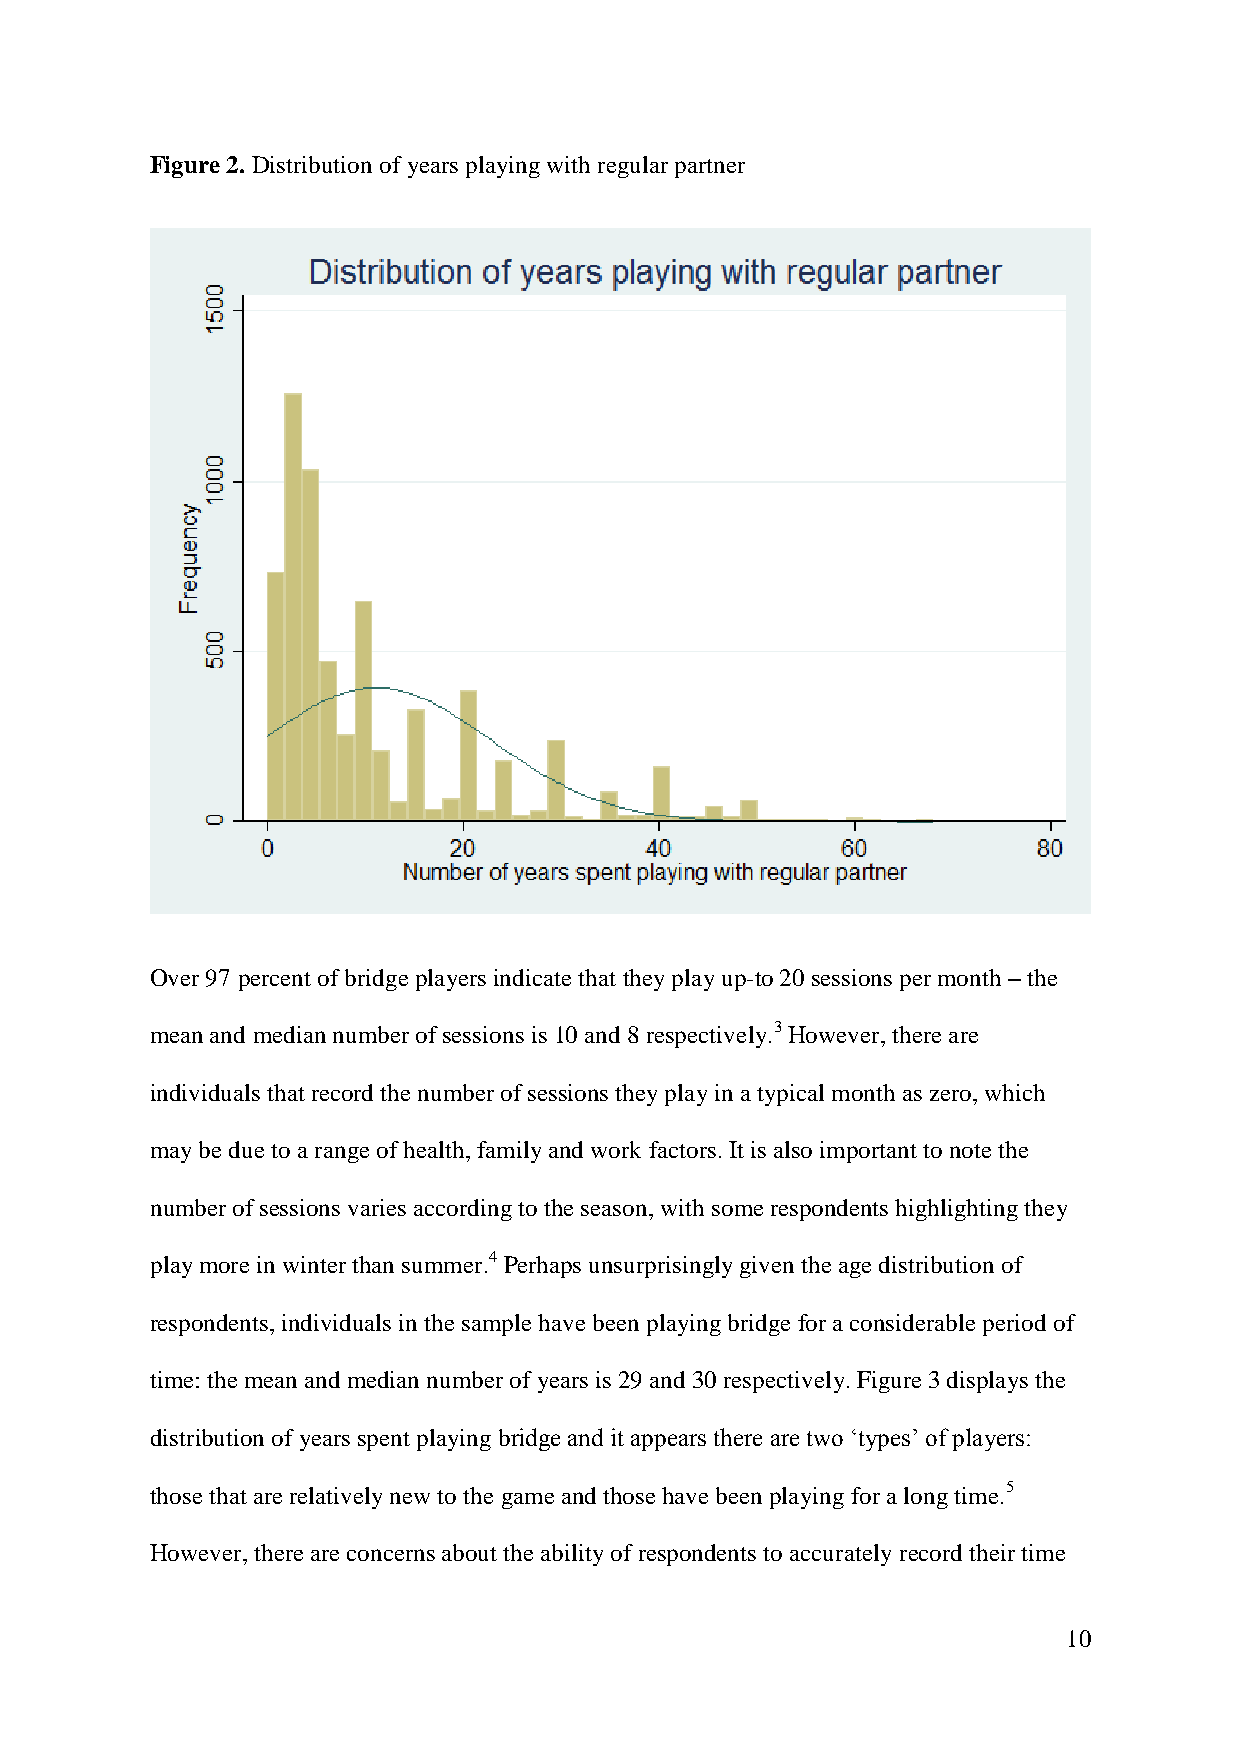
Figure 2. Distribution of years playing with regular partner
 Over 97 percent of bridge players indicate that they play up-to 20 sessions per month – the
 mean and median number of sessions is 10 and 8 respectively.3 However, there are
 individuals that record the number of sessions they play in a typical month as zero, which
 may be due to a range of health, family and work factors. It is also important to note the
 number of sessions varies according to the season, with some respondents highlighting they
 play more in winter than summer.4 Perhaps unsurprisingly given the age distribution of
 respondents, individuals in the sample have been playing bridge for a considerable period of
 time: the mean and median number of years is 29 and 30 respectively. Figure 3 displays the
 distribution of years spent playing bridge and it appears there are two ‘types’ of players:
 those that are relatively new to the game and those have been playing for a long time.5
 However, there are concerns about the ability of respondents to accurately record their time
 10